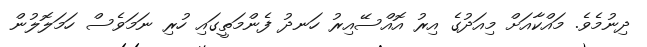
ދިނުމެވެ. މައްކާއަށް މިއަދުގެ އިރު އޮއްސޭއިރު ހަނދު ފެންމަތީގައި ހުރި ނަމަވެސް ހަމަލޮލުން